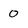
Character: 0